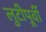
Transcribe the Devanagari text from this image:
लुटीपूर्वी